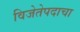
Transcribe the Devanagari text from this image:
विजेतेपदाचा